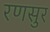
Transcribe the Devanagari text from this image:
रणसुर